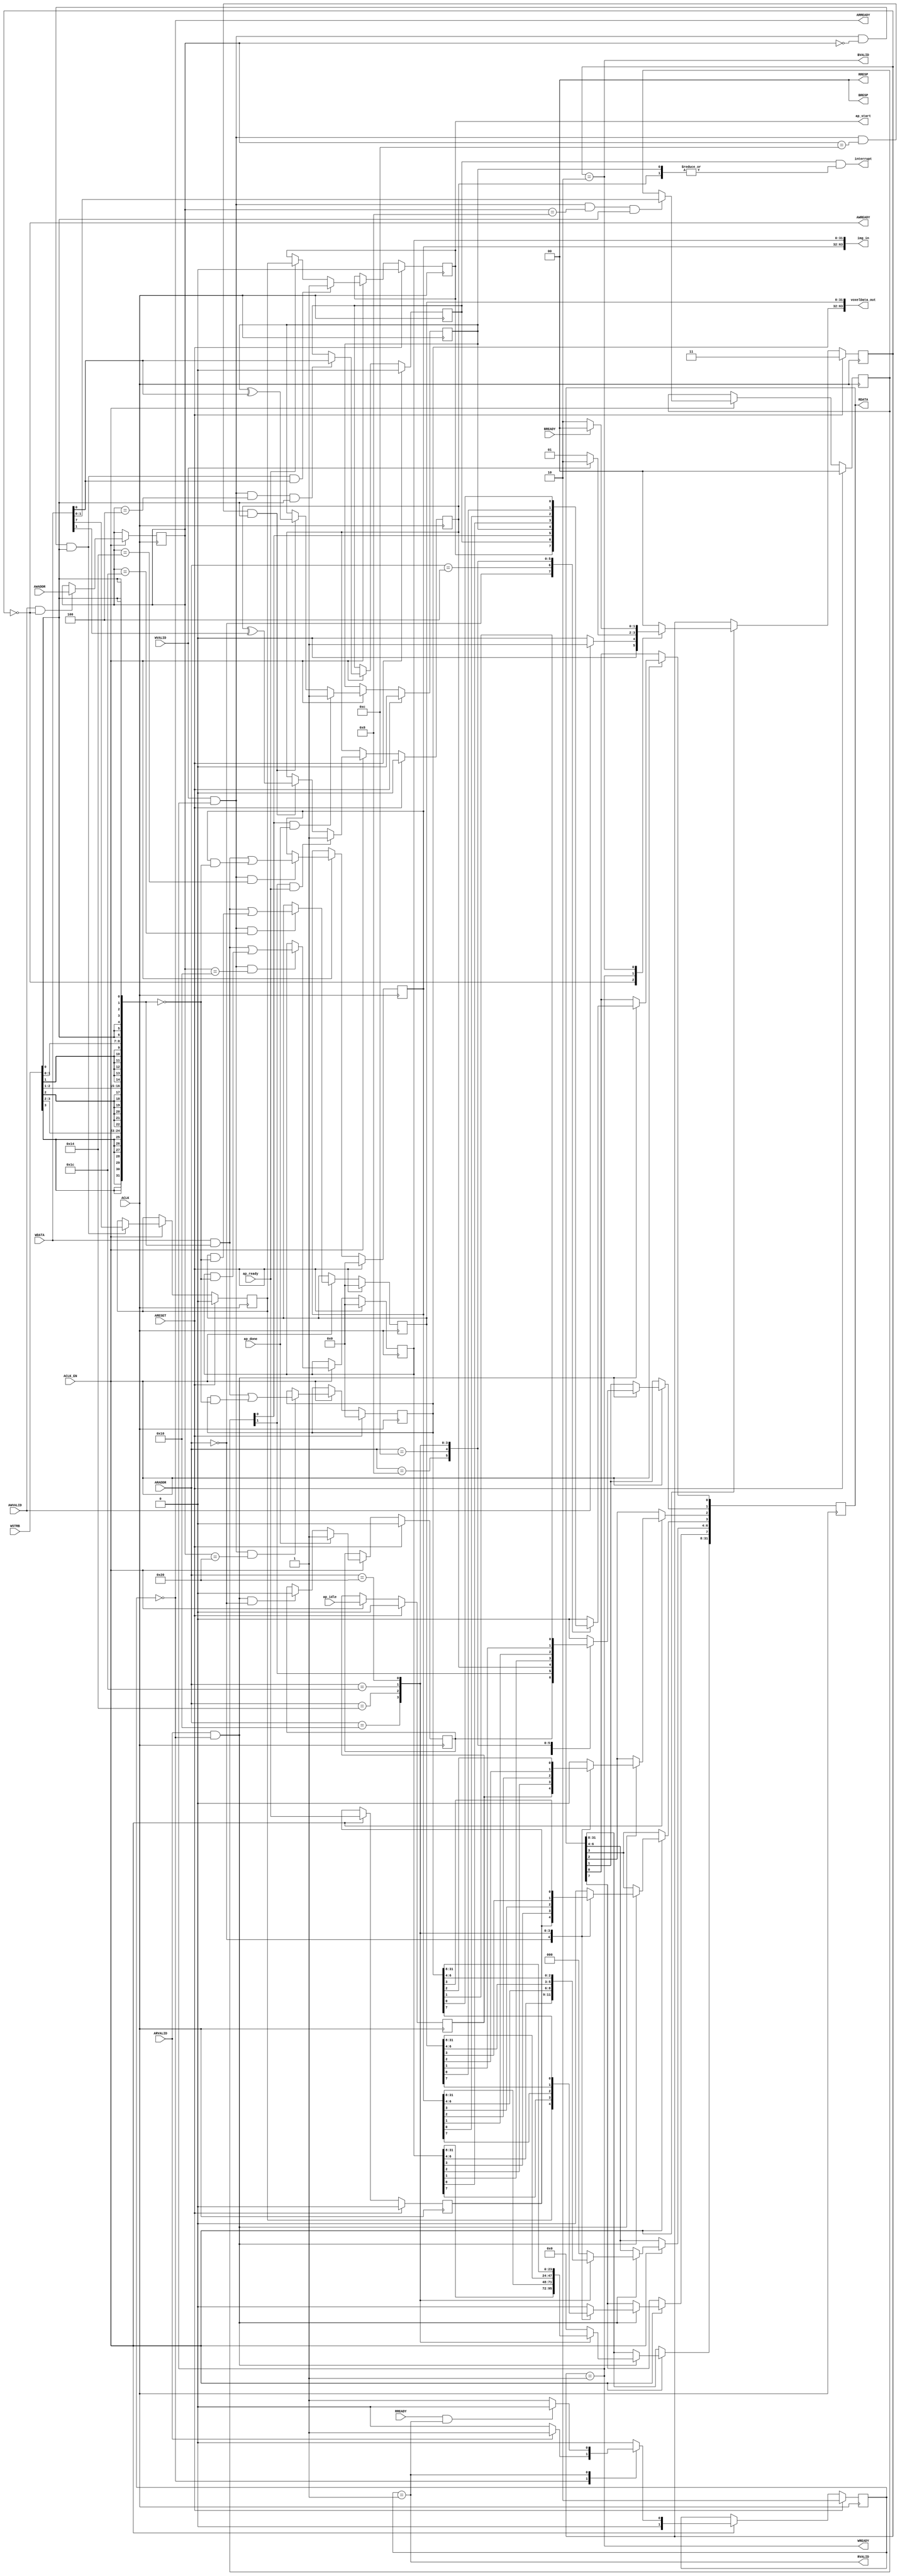
// ==============================================================
// Vitis HLS - High-Level Synthesis from C, C++ and OpenCL v2020.1 (64-bit)
// Copyright 1986-2020 Xilinx, Inc. All Rights Reserved.
// ==============================================================
`timescale 1ns/1ps
module Restr_axi_control_s_axi
#(parameter
    C_S_AXI_ADDR_WIDTH = 6,
    C_S_AXI_DATA_WIDTH = 32
)(
    input  wire                          ACLK,
    input  wire                          ARESET,
    input  wire                          ACLK_EN,
    input  wire [C_S_AXI_ADDR_WIDTH-1:0] AWADDR,
    input  wire                          AWVALID,
    output wire                          AWREADY,
    input  wire [C_S_AXI_DATA_WIDTH-1:0] WDATA,
    input  wire [C_S_AXI_DATA_WIDTH/8-1:0] WSTRB,
    input  wire                          WVALID,
    output wire                          WREADY,
    output wire [1:0]                    BRESP,
    output wire                          BVALID,
    input  wire                          BREADY,
    input  wire [C_S_AXI_ADDR_WIDTH-1:0] ARADDR,
    input  wire                          ARVALID,
    output wire                          ARREADY,
    output wire [C_S_AXI_DATA_WIDTH-1:0] RDATA,
    output wire [1:0]                    RRESP,
    output wire                          RVALID,
    input  wire                          RREADY,
    output wire                          interrupt,
    output wire [63:0]                   img_in,
    output wire [63:0]                   voxelData_out,
    output wire                          ap_start,
    input  wire                          ap_done,
    input  wire                          ap_ready,
    input  wire                          ap_idle
);
//------------------------Address Info-------------------
// 0x00 : Control signals
//        bit 0  - ap_start (Read/Write/COH)
//        bit 1  - ap_done (Read/COR)
//        bit 2  - ap_idle (Read)
//        bit 3  - ap_ready (Read)
//        bit 7  - auto_restart (Read/Write)
//        others - reserved
// 0x04 : Global Interrupt Enable Register
//        bit 0  - Global Interrupt Enable (Read/Write)
//        others - reserved
// 0x08 : IP Interrupt Enable Register (Read/Write)
//        bit 0  - enable ap_done interrupt (Read/Write)
//        bit 1  - enable ap_ready interrupt (Read/Write)
//        others - reserved
// 0x0c : IP Interrupt Status Register (Read/TOW)
//        bit 0  - ap_done (COR/TOW)
//        bit 1  - ap_ready (COR/TOW)
//        others - reserved
// 0x10 : Data signal of img_in
//        bit 31~0 - img_in[31:0] (Read/Write)
// 0x14 : Data signal of img_in
//        bit 31~0 - img_in[63:32] (Read/Write)
// 0x18 : reserved
// 0x1c : Data signal of voxelData_out
//        bit 31~0 - voxelData_out[31:0] (Read/Write)
// 0x20 : Data signal of voxelData_out
//        bit 31~0 - voxelData_out[63:32] (Read/Write)
// 0x24 : reserved
// (SC = Self Clear, COR = Clear on Read, TOW = Toggle on Write, COH = Clear on Handshake)

//------------------------Parameter----------------------
localparam
    ADDR_AP_CTRL              = 6'h00,
    ADDR_GIE                  = 6'h04,
    ADDR_IER                  = 6'h08,
    ADDR_ISR                  = 6'h0c,
    ADDR_IMG_IN_DATA_0        = 6'h10,
    ADDR_IMG_IN_DATA_1        = 6'h14,
    ADDR_IMG_IN_CTRL          = 6'h18,
    ADDR_VOXELDATA_OUT_DATA_0 = 6'h1c,
    ADDR_VOXELDATA_OUT_DATA_1 = 6'h20,
    ADDR_VOXELDATA_OUT_CTRL   = 6'h24,
    WRIDLE                    = 2'd0,
    WRDATA                    = 2'd1,
    WRRESP                    = 2'd2,
    WRRESET                   = 2'd3,
    RDIDLE                    = 2'd0,
    RDDATA                    = 2'd1,
    RDRESET                   = 2'd2,
    ADDR_BITS                = 6;

//------------------------Local signal-------------------
    reg  [1:0]                    wstate = WRRESET;
    reg  [1:0]                    wnext;
    reg  [ADDR_BITS-1:0]          waddr;
    wire [C_S_AXI_DATA_WIDTH-1:0] wmask;
    wire                          aw_hs;
    wire                          w_hs;
    reg  [1:0]                    rstate = RDRESET;
    reg  [1:0]                    rnext;
    reg  [C_S_AXI_DATA_WIDTH-1:0] rdata;
    wire                          ar_hs;
    wire [ADDR_BITS-1:0]          raddr;
    // internal registers
    reg                           int_ap_idle;
    reg                           int_ap_ready;
    reg                           int_ap_done = 1'b0;
    reg                           int_ap_start = 1'b0;
    reg                           int_auto_restart = 1'b0;
    reg                           int_gie = 1'b0;
    reg  [1:0]                    int_ier = 2'b0;
    reg  [1:0]                    int_isr = 2'b0;
    reg  [63:0]                   int_img_in = 'b0;
    reg  [63:0]                   int_voxelData_out = 'b0;

//------------------------Instantiation------------------


//------------------------AXI write fsm------------------
assign AWREADY = (wstate == WRIDLE);
assign WREADY  = (wstate == WRDATA);
assign BRESP   = 2'b00;  // OKAY
assign BVALID  = (wstate == WRRESP);
assign wmask   = { {8{WSTRB[3]}}, {8{WSTRB[2]}}, {8{WSTRB[1]}}, {8{WSTRB[0]}} };
assign aw_hs   = AWVALID & AWREADY;
assign w_hs    = WVALID & WREADY;

// wstate
always @(posedge ACLK) begin
    if (ARESET)
        wstate <= WRRESET;
    else if (ACLK_EN)
        wstate <= wnext;
end

// wnext
always @(*) begin
    case (wstate)
        WRIDLE:
            if (AWVALID)
                wnext = WRDATA;
            else
                wnext = WRIDLE;
        WRDATA:
            if (WVALID)
                wnext = WRRESP;
            else
                wnext = WRDATA;
        WRRESP:
            if (BREADY)
                wnext = WRIDLE;
            else
                wnext = WRRESP;
        default:
            wnext = WRIDLE;
    endcase
end

// waddr
always @(posedge ACLK) begin
    if (ACLK_EN) begin
        if (aw_hs)
            waddr <= AWADDR[ADDR_BITS-1:0];
    end
end

//------------------------AXI read fsm-------------------
assign ARREADY = (rstate == RDIDLE);
assign RDATA   = rdata;
assign RRESP   = 2'b00;  // OKAY
assign RVALID  = (rstate == RDDATA);
assign ar_hs   = ARVALID & ARREADY;
assign raddr   = ARADDR[ADDR_BITS-1:0];

// rstate
always @(posedge ACLK) begin
    if (ARESET)
        rstate <= RDRESET;
    else if (ACLK_EN)
        rstate <= rnext;
end

// rnext
always @(*) begin
    case (rstate)
        RDIDLE:
            if (ARVALID)
                rnext = RDDATA;
            else
                rnext = RDIDLE;
        RDDATA:
            if (RREADY & RVALID)
                rnext = RDIDLE;
            else
                rnext = RDDATA;
        default:
            rnext = RDIDLE;
    endcase
end

// rdata
always @(posedge ACLK) begin
    if (ACLK_EN) begin
        if (ar_hs) begin
            rdata <= 'b0;
            case (raddr)
                ADDR_AP_CTRL: begin
                    rdata[0] <= int_ap_start;
                    rdata[1] <= int_ap_done;
                    rdata[2] <= int_ap_idle;
                    rdata[3] <= int_ap_ready;
                    rdata[7] <= int_auto_restart;
                end
                ADDR_GIE: begin
                    rdata <= int_gie;
                end
                ADDR_IER: begin
                    rdata <= int_ier;
                end
                ADDR_ISR: begin
                    rdata <= int_isr;
                end
                ADDR_IMG_IN_DATA_0: begin
                    rdata <= int_img_in[31:0];
                end
                ADDR_IMG_IN_DATA_1: begin
                    rdata <= int_img_in[63:32];
                end
                ADDR_VOXELDATA_OUT_DATA_0: begin
                    rdata <= int_voxelData_out[31:0];
                end
                ADDR_VOXELDATA_OUT_DATA_1: begin
                    rdata <= int_voxelData_out[63:32];
                end
            endcase
        end
    end
end


//------------------------Register logic-----------------
assign interrupt     = int_gie & (|int_isr);
assign ap_start      = int_ap_start;
assign img_in        = int_img_in;
assign voxelData_out = int_voxelData_out;
// int_ap_start
always @(posedge ACLK) begin
    if (ARESET)
        int_ap_start <= 1'b0;
    else if (ACLK_EN) begin
        if (w_hs && waddr == ADDR_AP_CTRL && WSTRB[0] && WDATA[0])
            int_ap_start <= 1'b1;
        else if (ap_ready)
            int_ap_start <= int_auto_restart; // clear on handshake/auto restart
    end
end

// int_ap_done
always @(posedge ACLK) begin
    if (ARESET)
        int_ap_done <= 1'b0;
    else if (ACLK_EN) begin
        if (ap_done)
            int_ap_done <= 1'b1;
        else if (ar_hs && raddr == ADDR_AP_CTRL)
            int_ap_done <= 1'b0; // clear on read
    end
end

// int_ap_idle
always @(posedge ACLK) begin
    if (ARESET)
        int_ap_idle <= 1'b0;
    else if (ACLK_EN) begin
            int_ap_idle <= ap_idle;
    end
end

// int_ap_ready
always @(posedge ACLK) begin
    if (ARESET)
        int_ap_ready <= 1'b0;
    else if (ACLK_EN) begin
            int_ap_ready <= ap_ready;
    end
end

// int_auto_restart
always @(posedge ACLK) begin
    if (ARESET)
        int_auto_restart <= 1'b0;
    else if (ACLK_EN) begin
        if (w_hs && waddr == ADDR_AP_CTRL && WSTRB[0])
            int_auto_restart <=  WDATA[7];
    end
end

// int_gie
always @(posedge ACLK) begin
    if (ARESET)
        int_gie <= 1'b0;
    else if (ACLK_EN) begin
        if (w_hs && waddr == ADDR_GIE && WSTRB[0])
            int_gie <= WDATA[0];
    end
end

// int_ier
always @(posedge ACLK) begin
    if (ARESET)
        int_ier <= 1'b0;
    else if (ACLK_EN) begin
        if (w_hs && waddr == ADDR_IER && WSTRB[0])
            int_ier <= WDATA[1:0];
    end
end

// int_isr[0]
always @(posedge ACLK) begin
    if (ARESET)
        int_isr[0] <= 1'b0;
    else if (ACLK_EN) begin
        if (int_ier[0] & ap_done)
            int_isr[0] <= 1'b1;
        else if (w_hs && waddr == ADDR_ISR && WSTRB[0])
            int_isr[0] <= int_isr[0] ^ WDATA[0]; // toggle on write
    end
end

// int_isr[1]
always @(posedge ACLK) begin
    if (ARESET)
        int_isr[1] <= 1'b0;
    else if (ACLK_EN) begin
        if (int_ier[1] & ap_ready)
            int_isr[1] <= 1'b1;
        else if (w_hs && waddr == ADDR_ISR && WSTRB[0])
            int_isr[1] <= int_isr[1] ^ WDATA[1]; // toggle on write
    end
end

// int_img_in[31:0]
always @(posedge ACLK) begin
    if (ARESET)
        int_img_in[31:0] <= 0;
    else if (ACLK_EN) begin
        if (w_hs && waddr == ADDR_IMG_IN_DATA_0)
            int_img_in[31:0] <= (WDATA[31:0] & wmask) | (int_img_in[31:0] & ~wmask);
    end
end

// int_img_in[63:32]
always @(posedge ACLK) begin
    if (ARESET)
        int_img_in[63:32] <= 0;
    else if (ACLK_EN) begin
        if (w_hs && waddr == ADDR_IMG_IN_DATA_1)
            int_img_in[63:32] <= (WDATA[31:0] & wmask) | (int_img_in[63:32] & ~wmask);
    end
end

// int_voxelData_out[31:0]
always @(posedge ACLK) begin
    if (ARESET)
        int_voxelData_out[31:0] <= 0;
    else if (ACLK_EN) begin
        if (w_hs && waddr == ADDR_VOXELDATA_OUT_DATA_0)
            int_voxelData_out[31:0] <= (WDATA[31:0] & wmask) | (int_voxelData_out[31:0] & ~wmask);
    end
end

// int_voxelData_out[63:32]
always @(posedge ACLK) begin
    if (ARESET)
        int_voxelData_out[63:32] <= 0;
    else if (ACLK_EN) begin
        if (w_hs && waddr == ADDR_VOXELDATA_OUT_DATA_1)
            int_voxelData_out[63:32] <= (WDATA[31:0] & wmask) | (int_voxelData_out[63:32] & ~wmask);
    end
end


//------------------------Memory logic-------------------

endmodule